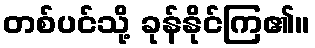
တစ်ပင်သို့ ခုန်နိုင်ကြ၏။